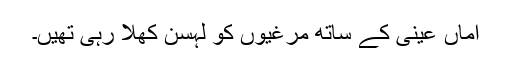
اماں عینی کے ساتھ مرغیوں کو لہسن کھلا رہی تھیں۔